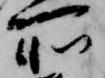
所